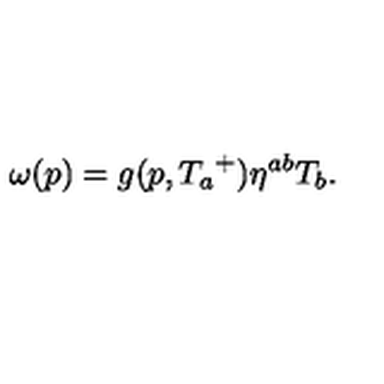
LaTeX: \omega ( p ) = g ( p , { T _ { a } } ^ { + } ) \eta ^ { a b } T _ { b } .